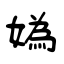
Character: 媯